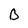
Character: B